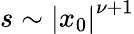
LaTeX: s\sim\left|x_{0}\right|^{\nu+1}